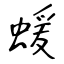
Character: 蝯